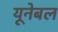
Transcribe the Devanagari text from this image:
यूनेबल